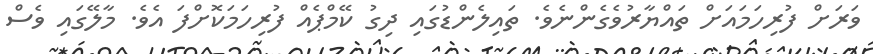
ވަރަށް ފުރިހަމައަށް ތައްޔާރުވެގެންނެވެ. ތައިލެންޑުގައި ދިގު ކޭމްޕެއް ފުރިހަމަކޮށްފަ އެވެ. މާލޭގައި ވެސް